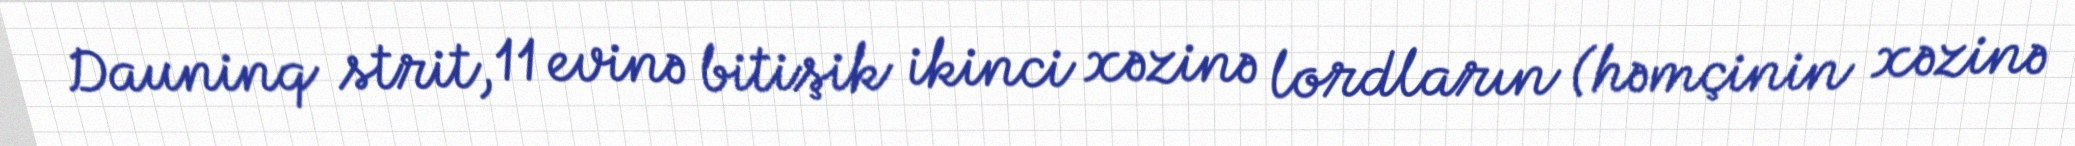
Dauninq strit, 11 evinə bitişik ikinci xəzinə lordların (həmçinin xəzinə